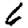
Digit: 6